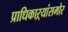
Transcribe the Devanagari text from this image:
प्राधिकाऱ्यांसमोर